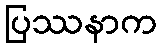
ပြဿနာက